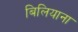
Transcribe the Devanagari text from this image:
बिलियाना